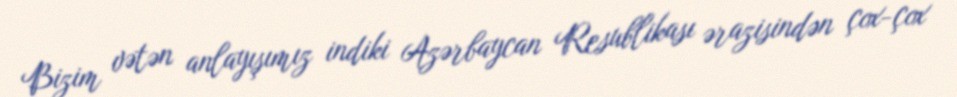
Bizim vətən anlayışımız indiki Azərbaycan Resublikası ərazisindən çox-çox